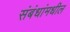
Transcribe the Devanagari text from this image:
संबंधांमधील